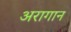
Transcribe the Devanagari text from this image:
अरागान